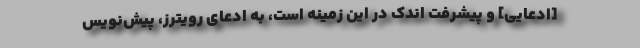
[ادعایی] و پیشرفت اندک در این زمینه است، به ادعای رویترز، پیش‌نویس